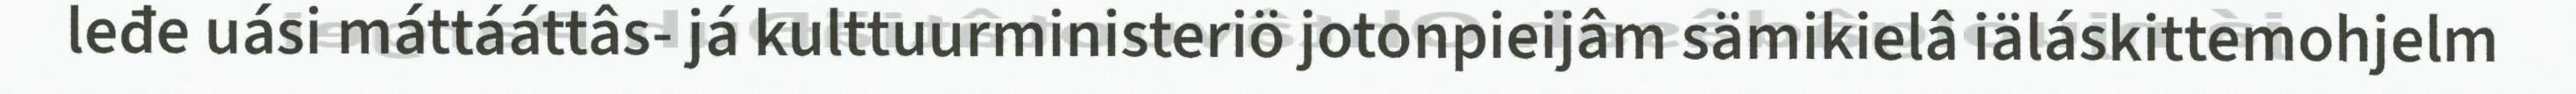
leđe uási máttááttâs- já kulttuurministeriö jotonpieijâm sämikielâ iäláskittemohjelm